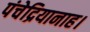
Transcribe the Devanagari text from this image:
पंचेद्रियानाह।